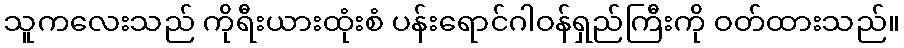
သူကလေးသည် ကိုရီးယားထုံးစံ ပန်းရောင်ဂါဝန်ရှည်ကြီးကို ဝတ်ထားသည်။